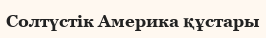
Солтүстік Америка құстары